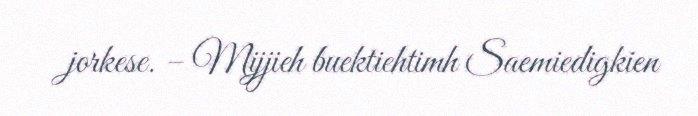
jorkese. – Mijjieh buektiehtimh Saemiedigkien